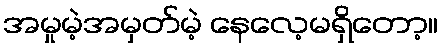
အမှုမဲ့အမှတ်မဲ့ နေလေ့မရှိတော့။